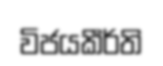
විජයකීර්ති